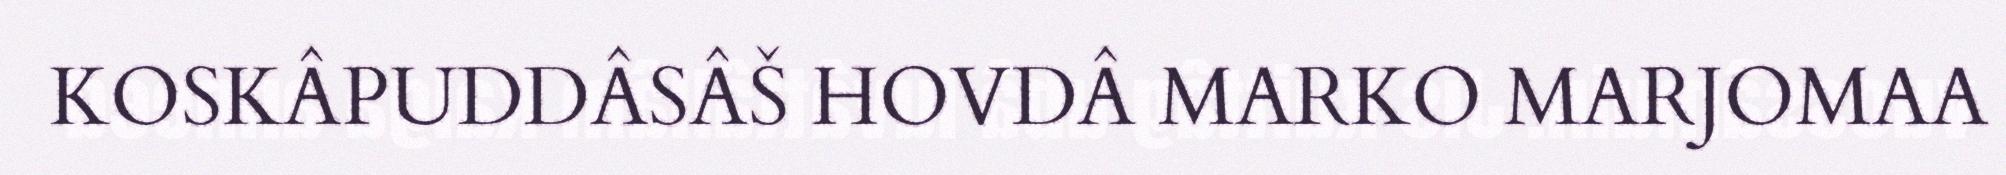
KOSKÂPUDDÂSÂŠ HOVDÂ MARKO MARJOMAA